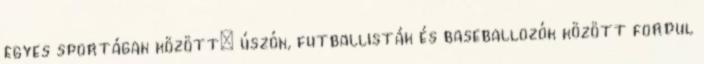
egyes sportágak között: úszók, futballisták és baseballozók között fordul